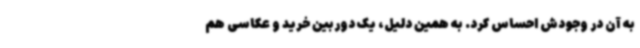
به آن در وجودش احساس کرد. به همین دلیل، یک دوربین خرید و عکاسی هم